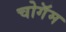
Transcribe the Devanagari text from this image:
चोगॅम